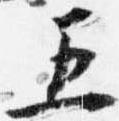
五